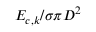
{ { E } _ { c , k } } / { \sigma \pi { { D } ^ { 2 } } }